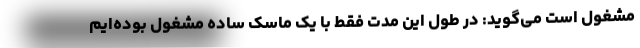
مشغول است می‌گوید: در طول این مدت فقط با یک ماسک ساده مشغول بوده‌ایم